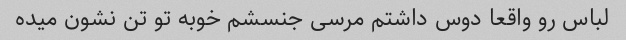
لباس رو واقعا دوس داشتم مرسی جنسشم خوبه تو تن نشون میده